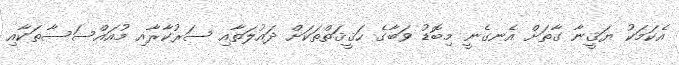
އެކަމަކު ޔަޤީނާ ގާތަށް އެނގެނީ މިބޮޑު ވަބާގެ ހަޤީޤަތްތަކަށް ދައުލަތާއި ސަރުކާރާއި މުއައްސަސާތަކާއި